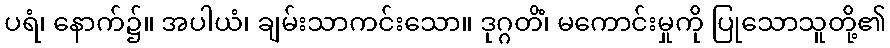
ပရံ၊ နောက်၌။ အပါယံ၊ ချမ်းသာကင်းသော။ ဒုဂ္ဂတိံ၊ မကောင်းမှုကို ပြုသောသူတို့၏